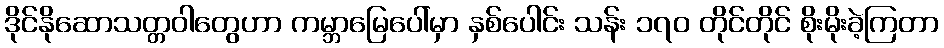
ဒိုင်နိုဆောသတ္တဝါတွေဟာ ကမ္ဘာမြေပေါ်မှာ နှစ်ပေါင်း သန်း ၁၇၀ တိုင်တိုင် စိုးမိုးခဲ့ကြတာ